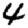
Digit: 4